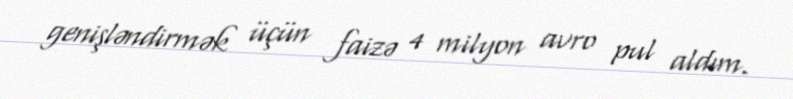
genişləndirmək üçün faizə 4 milyon avro pul aldım.